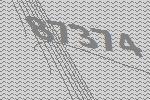
87374